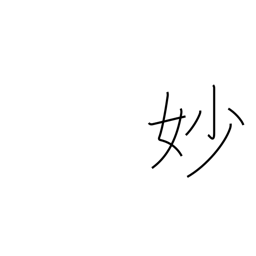
Meaning: exquisite